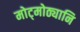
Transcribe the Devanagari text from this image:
मोट्मोठ्यानि